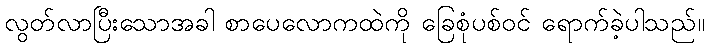
လွတ်လာပြီးသောအခါ စာပေလောကထဲကို ခြေစုံပစ်ဝင် ရောက်ခဲ့ပါသည်။